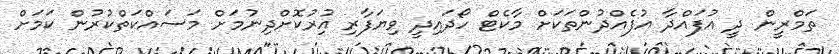
ތަމްރީން ދީ އުފައްދާ އުފެއްދުންތަކަށް މާކެޓް ހޯދައިދީ ވިޔަފާރި އިުރުކޮށްދިނުމަށް މަސައްކަތްކުރުން ކަމަށް